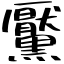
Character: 黶